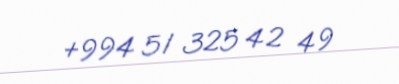
+994 51 325 42 49